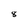
Character: 8